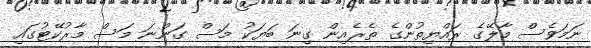
ނަމަވެސް މާލޭގެ ރައްޔިތުންގެ ތެރެއިން ގިނަ ބަޔަކު މަސް ގަންނަ މަސް މާރުކޭޓުގައި